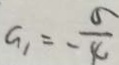
G _ { 1 } = \frac { 5 } { - 4 }